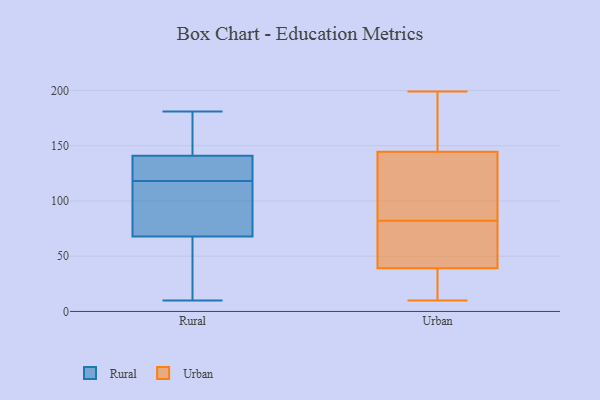
{"axis": {"x": "Active Users", "y": "Value"}, "legend": ["Rural", "Urban"], "data": [{"x": "", "y": 119, "type": "Rural"}, {"x": "", "y": 156, "type": "Rural"}, {"x": "", "y": 87, "type": "Rural"}, {"x": "", "y": 125, "type": "Rural"}, {"x": "", "y": 181, "type": "Rural"}, {"x": "", "y": 118, "type": "Rural"}, {"x": "", "y": 73, "type": "Rural"}, {"x": "", "y": 146, "type": "Rural"}, {"x": "", "y": 66, "type": "Rural"}, {"x": "", "y": 172, "type": "Rural"}, {"x": "", "y": 81, "type": "Rural"}, {"x": "", "y": 126, "type": "Rural"}, {"x": "", "y": 10, "type": "Rural"}, {"x": "", "y": 55, "type": "Rural"}, {"x": "", "y": 46, "type": "Rural"}, {"x": "", "y": 116, "type": "Urban"}, {"x": "", "y": 156, "type": "Urban"}, {"x": "", "y": 24, "type": "Urban"}, {"x": "", "y": 190, "type": "Urban"}, {"x": "", "y": 60, "type": "Urban"}, {"x": "", "y": 198, "type": "Urban"}, {"x": "", "y": 133, "type": "Urban"}, {"x": "", "y": 74, "type": "Urban"}, {"x": "", "y": 180, "type": "Urban"}, {"x": "", "y": 27, "type": "Urban"}, {"x": "", "y": 27, "type": "Urban"}, {"x": "", "y": 56, "type": "Urban"}, {"x": "", "y": 10, "type": "Urban"}, {"x": "", "y": 68, "type": "Urban"}, {"x": "", "y": 105, "type": "Urban"}, {"x": "", "y": 95, "type": "Urban"}, {"x": "", "y": 51, "type": "Urban"}, {"x": "", "y": 90, "type": "Urban"}, {"x": "", "y": 27, "type": "Urban"}, {"x": "", "y": 199, "type": "Urban"}]}